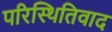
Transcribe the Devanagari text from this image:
परिस्थितिवाद